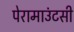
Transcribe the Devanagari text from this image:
पेरामाउंटसी